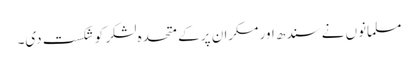
مسلمانوں نے سندھ اور مکران پر کے متحدہ لشکر کو شکست دی۔